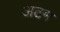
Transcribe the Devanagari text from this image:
अटम